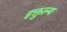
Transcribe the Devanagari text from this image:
इक्तुल्य